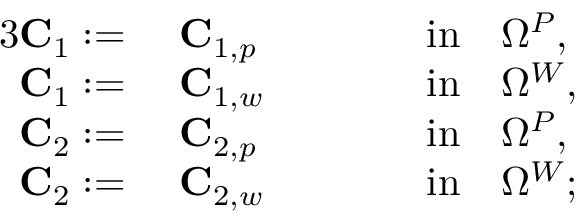
\begin{array} { r l r l } { { 3 } \mathbf { C } _ { 1 } : = } & { ~ \mathbf { C } _ { 1 , p } \qquad } & & { \mathrm { i n } \quad \Omega ^ { P } , } \\ { \mathbf { C } _ { 1 } : = } & { ~ \mathbf { C } _ { 1 , w } \qquad } & & { \mathrm { i n } \quad \Omega ^ { W } , } \\ { \mathbf { C } _ { 2 } : = } & { ~ \mathbf { C } _ { 2 , p } \qquad } & & { \mathrm { i n } \quad \Omega ^ { P } , } \\ { \mathbf { C } _ { 2 } : = } & { ~ \mathbf { C } _ { 2 , w } \qquad } & & { \mathrm { i n } \quad \Omega ^ { W } ; } \end{array}